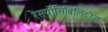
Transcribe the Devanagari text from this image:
रेसपोंसिबिलिटीज